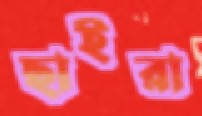
ছাইরা